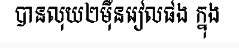
បានលុយ២ម៉ឺនរៀលផង ក្នុង